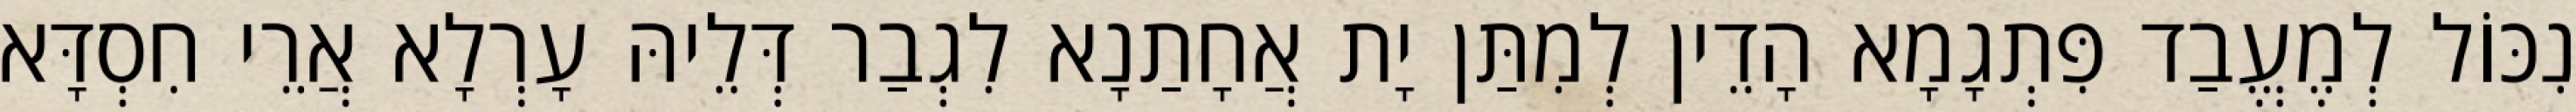
נִכּוֹל לְמֶעֱבַד פִּתְגָמָא הָדֵין לְמִתַּן יָת אֲחָתַנָא לִגְבַר דְּלֵיהּ עָרְלָא אֲרֵי חִסְדָּא